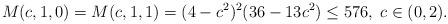
LaTeX: \begin{align*}M(c,1,0)=M(c,1,1)=(4-c^2)^2(36-13c^2)\leq 576,\; c\in(0,2).\end{align*}